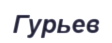
Гурьев